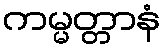
ကမ္မတ္တာနံ